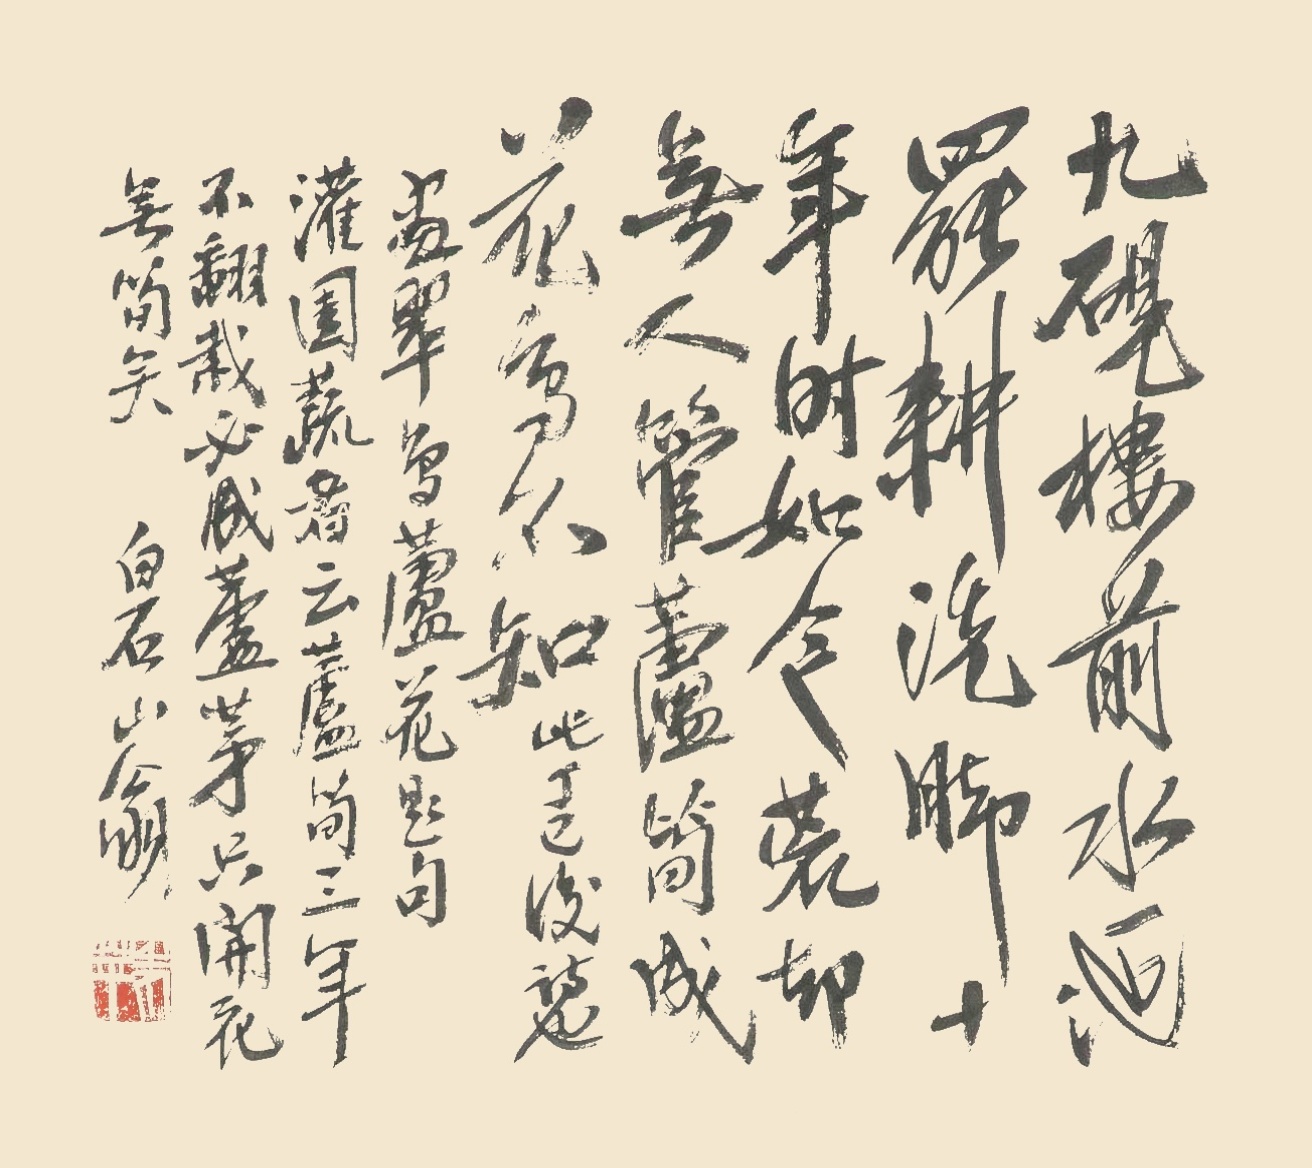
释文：九砚楼前水一池，罢耕洗脚十年时。如今荒却无人管，芦笋成花鸟不知。此丁巳后诗也,画翠鸟芦花题句,灌园蔬者云芦笋三年不翻栽,必成芦芽,只开花无笋矣。白石山翁。